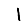
Digit: 1